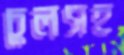
চুলসহ